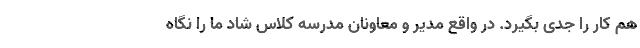
هم کار را جدی بگیرد. در واقع مدیر و معاونان مدرسه کلاس شاد ما را نگاه